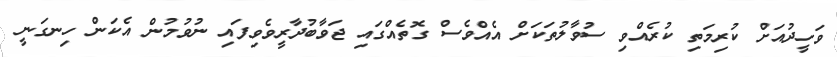
ވަހީދުއަށް ކުރިމަތި ކުރެއްވި ސުވާލުތަކަށް އެއްވެސް ގޮތެއްގައި ޖަވާބުދާރީވެވިފައި ނުވުމުން އެކަން ހިނގަނީ